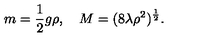
m = \frac 1 2 g \rho , \quad M = ( 8 \lambda \rho ^ { 2 } ) ^ { \frac 1 2 } .